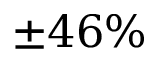
\pm 4 6 \%